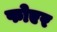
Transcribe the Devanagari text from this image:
फोएर